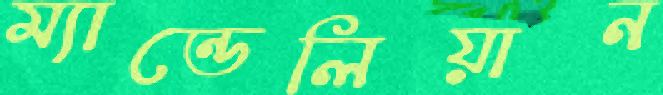
ম্যান্ডেলিয়ান